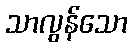
သာလွန်သော